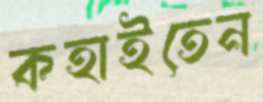
কহাইতেন